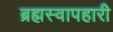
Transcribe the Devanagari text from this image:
ब्रह्मस्वापहारी